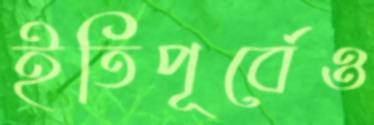
ইতিপূর্বেও